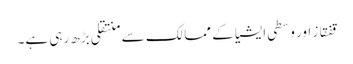
قفقاز اور وسطی ایشیا کے ممالک سے منتقلی بڑھ رہی ہے۔